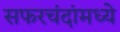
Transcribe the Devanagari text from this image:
सफरचंदांमध्ये